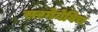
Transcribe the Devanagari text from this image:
सरगेयेविच